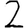
Digit: 2